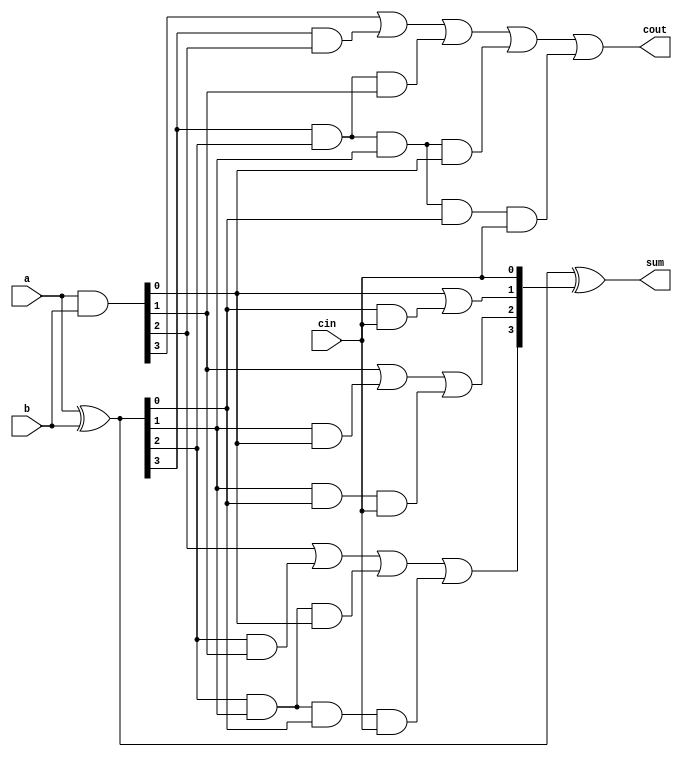
`timescale 1ns / 1ps
//////////////////////////////////////////////////////////////////////////////////
// Company: 
// Engineer: 
// 
// Design Name: 
// Module Name: cla_4
// Project Name: 
// Target Devices: 
// Tool Versions: 
// Description: 
// 
// Dependencies: 
// 
// Revision:
// Revision 0.01 - File Created
// Additional Comments:
// 
//////////////////////////////////////////////////////////////////////////////////


module cla_4(
    input [3:0]a,
    input [3:0]b,
    input cin,
    output [3:0]sum,
    output cout
    );
wire [3:0]g,p,c;
assign g=a&b;
assign p=a^b;
assign c[0]=cin;
assign c[1]= g[0]|(p[0]&c[0]);
assign c[2]= g[1] | (p[1]&g[0]) | p[1]&p[0]&c[0];
assign c[3]= g[2] | (p[2]&g[1]) | p[2]&p[1]&g[0] | p[2]&p[1]&p[0]&c[0];
assign cout= g[3] | (p[3]&g[2]) | p[3]&p[2]&g[1] | p[3]&p[2]&p[1]&g[0] | p[3]&p[2]&p[1]&p[0]&c[0];
assign sum=p^c;
endmodule